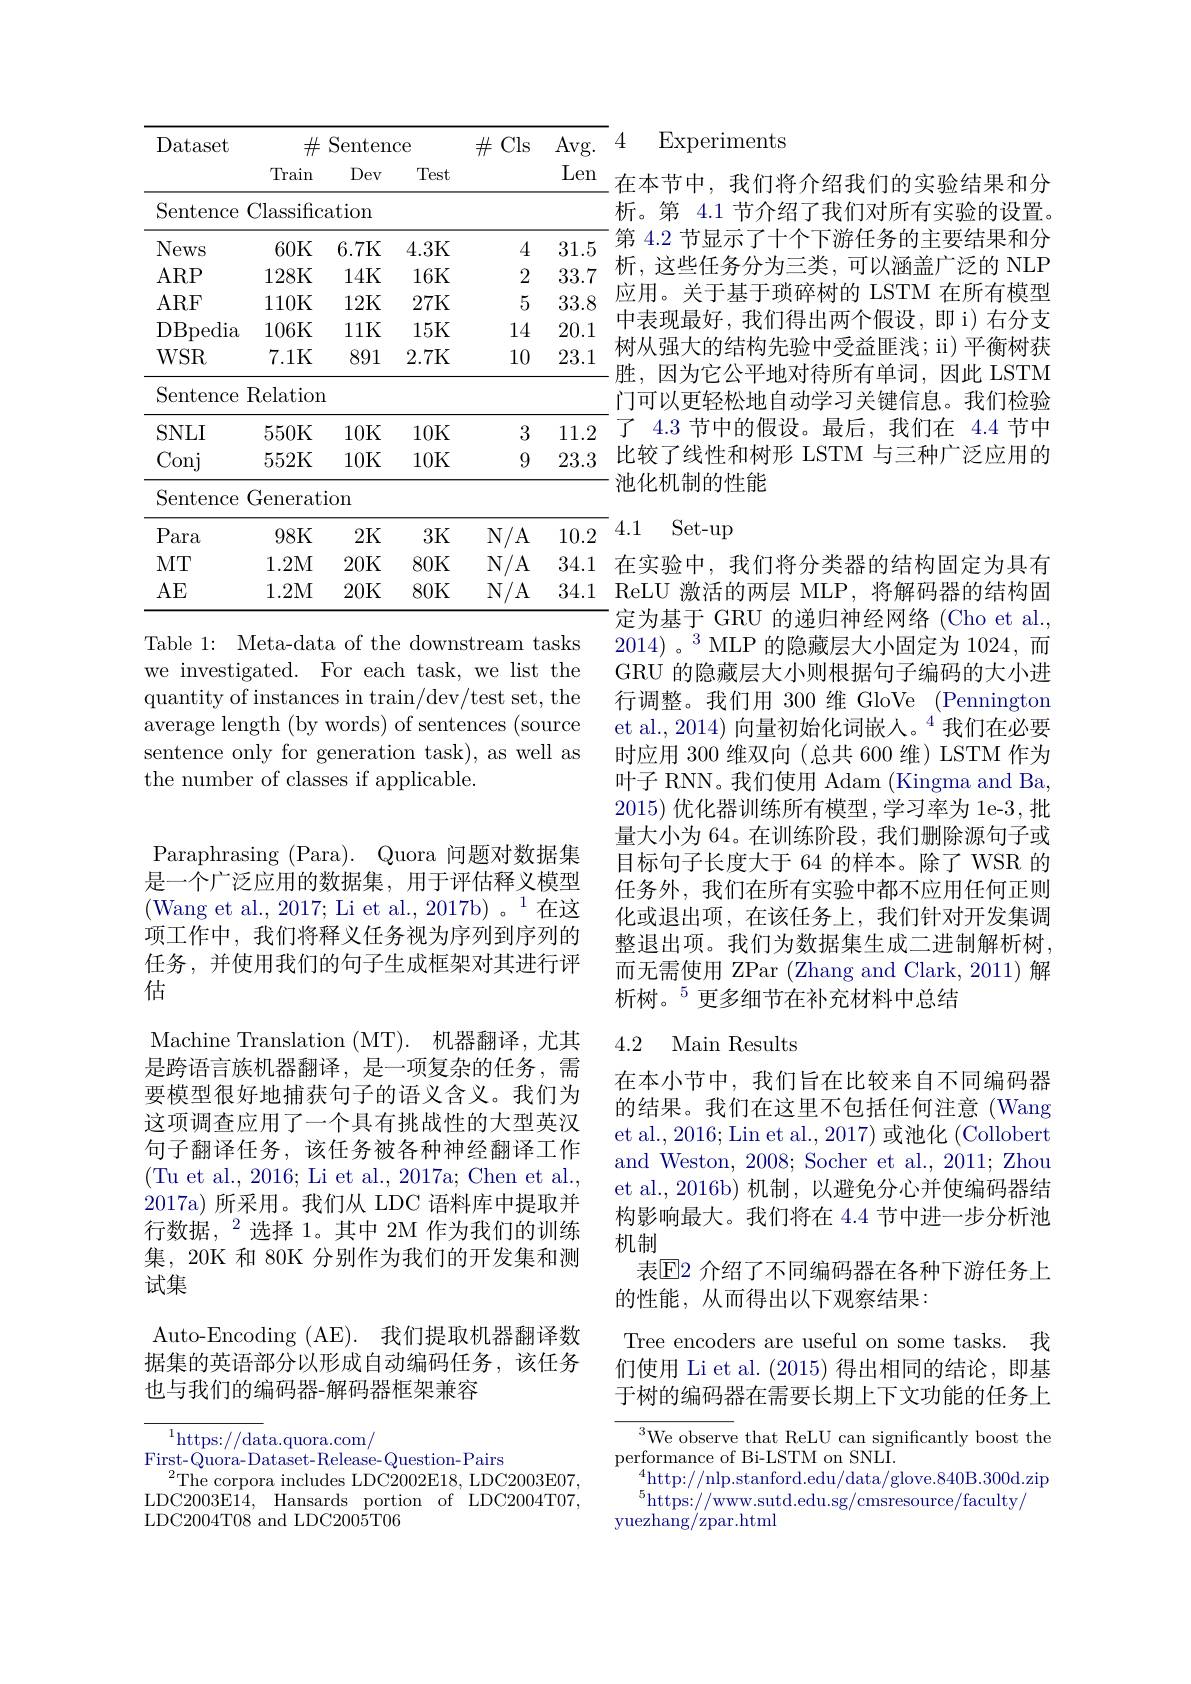
4
<table>
	<tbody>
		<tr>
			<th rowspan="2">Dataset</th>
			<th>$\#$ Train</th>
			<th>Senteno Dev</th>
			<th>ce Test</th>
			<th>$\#$ ECls</th>
			<th>Avg. Len</th>
		</tr>
		<tr>
			<th>Train</th>
			<th>Dev</th>
			<th>Test</th>
			<th> </th>
			<th>Len</th>
		</tr>
		<tr>
			<td>$\operatorname{Sentence}$</td>
			<td>Classific</td>
			<td>ation</td>
			<td> </td>
			<td> </td>
			<td> </td>
		</tr>
		<tr>
			<td>News</td>
			<td>60K</td>
			<td>6.7K</td>
			<td>4.3K</td>
			<td>4</td>
			<td>31.5</td>
		</tr>
		<tr>
			<td>ARP</td>
			<td>128K</td>
			<td>14K</td>
			<td>16K</td>
			<td>2</td>
			<td>33.7</td>
		</tr>
		<tr>
			<td>ARF</td>
			<td>110K</td>
			<td>12K</td>
			<td>27K</td>
			<td>5</td>
			<td>33.8</td>
		</tr>
		<tr>
			<td>DBpedia</td>
			<td>106K</td>
			<td>11K</td>
			<td>15K</td>
			<td>14</td>
			<td>20.1</td>
		</tr>
		<tr>
			<td>$WSR$</td>
			<td>7.1K</td>
			<td>891</td>
			<td>2.7K</td>
			<td>10</td>
			<td>23.1</td>
		</tr>
		<tr>
			<td>Sentence</td>
			<td>$\operatorname{Relation}$</td>
			<td> </td>
			<td> </td>
			<td> </td>
			<td> </td>
		</tr>
		<tr>
			<td>$SNLI$</td>
			<td>550K</td>
			<td>10K</td>
			<td>10K</td>
			<td>3</td>
			<td>11.2</td>
		</tr>
		<tr>
			<td>Conj</td>
			<td>552K</td>
			<td>10K</td>
			<td>10K</td>
			<td>9</td>
			<td>23.3</td>
		</tr>
		<tr>
			<td>Sentence</td>
			<td>Generati</td>
			<td>ion</td>
			<td> </td>
			<td> </td>
			<td> </td>
		</tr>
		<tr>
			<td>Para</td>
			<td>98K</td>
			<td>2K</td>
			<td>3K</td>
			<td>$\mathbb{N}/\mathbb{A}$</td>
			<td>10.2</td>
		</tr>
		<tr>
			<td>MT</td>
			<td>1.2M</td>
			<td>20K</td>
			<td>80K</td>
			<td>$\mathbb{N}/\mathbb{A}$</td>
			<td>34.1</td>
		</tr>
		<tr>
			<td>$AE$</td>
			<td>1.2M</td>
			<td>20K</td>
			<td>80K</td>
			<td>$\mathbb{N}/\mathbb{A}$</td>
			<td>34.1</td>
		</tr>
	</tbody>
</table>
Table 1: Meta-data of the downstream tasks

we investigated. For each task, we list the quantity of instances in train/dev/test set, the average length (by words) of sentences (source sentence only for generation task), as well as the number of classes if applicable.

Paraphrasing (Para). Quora 问题对数据集

是一个广泛应用的数据集，用于评估释义模型(Wang et al., 2017; Li et al., 2017b)。1在这项工作中，我们将释义任务视为序列到序列的任务，并使用我们的句子生成框架对其进行评估
Machine Translation ( MT) . 机器翻译，尤其是跨语言族机器翻译，是一项复杂的任务，需要模型很好地捕获句子的语义含义。我们为这项调查应用了一个具有挑战性的大型英汉句子翻译任务，该任务被各种神经翻译工作(Tu et al., 2016; Li et al., 2017a; Chen et al., 2017a) 所采用。我们从 LDC 语料库中提取并行数据，$^2$选择 1。其中 2M 作为我们的训练集，20K 和 80K 分别作为我们的开发集和测试集
Auto-Encoding (AE). 我们提取机器翻译数

据集的英语部分以形成自动编码任务，该任务
也与我们的编码器-解码器框架兼容

$^{1}$https://data.quora.com/
First- Quora- Dataset- Release- Question- Pairs
$^{2}$The corpora includes LDC2002E18, LDC2003E07, LDC2003E14, Hansards portion of LDC2004T07, LDC2004T08 and LDC2005T06

Experiments

在本节中，我们将介绍我们的实验结果和分析。第 4.1 节介绍了我们对所有实验的设置。第 4.2 节显示了十个下游任务的主要结果和分析，这些任务分为三类，可以涵盖广泛的 NLP 应用。关于基于琐碎树的 LSTM 在所有模型中表现最好，我们得出两个假设，即 i) 右分支树从强大的结构先验中受益匪浅；ii) 平衡树获胜，因为它公平地对待所有单词，因此 LSTM 门可以更轻松地自动学习关键信息。我们检验了 4.3 节中的假设。最后，我们在 4.4 节中比较了线性和树形 LSTM 与三种广泛应用的池化机制的性能

4.1 Set-up
在实验中，我们将分类器的结构固定为具有ReLU 激活的两层 MLP , 将解码器的结构固定为基于 GRU 的递归神经网络 (Cho et al., $2014)\text{。}^{3}$ MLP 的隐藏层大小固定为 1024,而GRU 的隐藏层大小则根据句子编码的大小进行调整。我们用 300 维 GloVe (Pennington et al., 2014) 向量初始化词嵌人。$^{4}$我们在必要时应用 300 维双向(总共 600 维) LSTM 作为叶子 RNN。我们使用 Adam (Kingma and Ba, 2015)优化器训练所有模型，学习率为 1e-3,批量大小为 64。在训练阶段，我们删除源句子或目标句子长度大于 64 的样本。除了 WSR 的任务外，我们在所有实验中都不应用任何正则化或退出项，在该任务上，我们针对开发集调整退出项。我们为数据集生成二进制解析树， 而无需使用 ZPar (Zhang and Clark, 2011) 解析树。$^{5}$更多细节在补充材料中总结

## 4.2 Main Results

在本小节中，我们旨在比较来自不同编码器的结果。我们在这里不包括任何注意(Wang et al., 2016; Lin et al., 2017) 或池化 (Collobert and Weston, 2008; Socher et al., 2011; Zhou et al., 2016b) 机制，以避免分心并使编码器结构影响最大。我们将在 4.4 节中进一步分析池机制
表$\mathbb{E}$2 介绍了不同编码器在各种下游任务上
的性能，从而得出以下观察结果：

Tree encoders are useful on some tasks. 我们使用 Li et al. (2015) 得出相同的结论，即基于树的编码器在需要长期上下文功能的任务上

$^{3}$We observe that ReLU can significantly boost the
performance of Bi-LSTM on SNLI.
$_{\mathrm{r}}^{4}$http://nlp.stanford.edu/data/glove.840B.300d.zip
$^{5}$https://www.sutd.edu.sg/cmsresource/faculty/
yuezhang/zpar.html